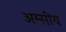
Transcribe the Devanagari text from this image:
अम्सीय